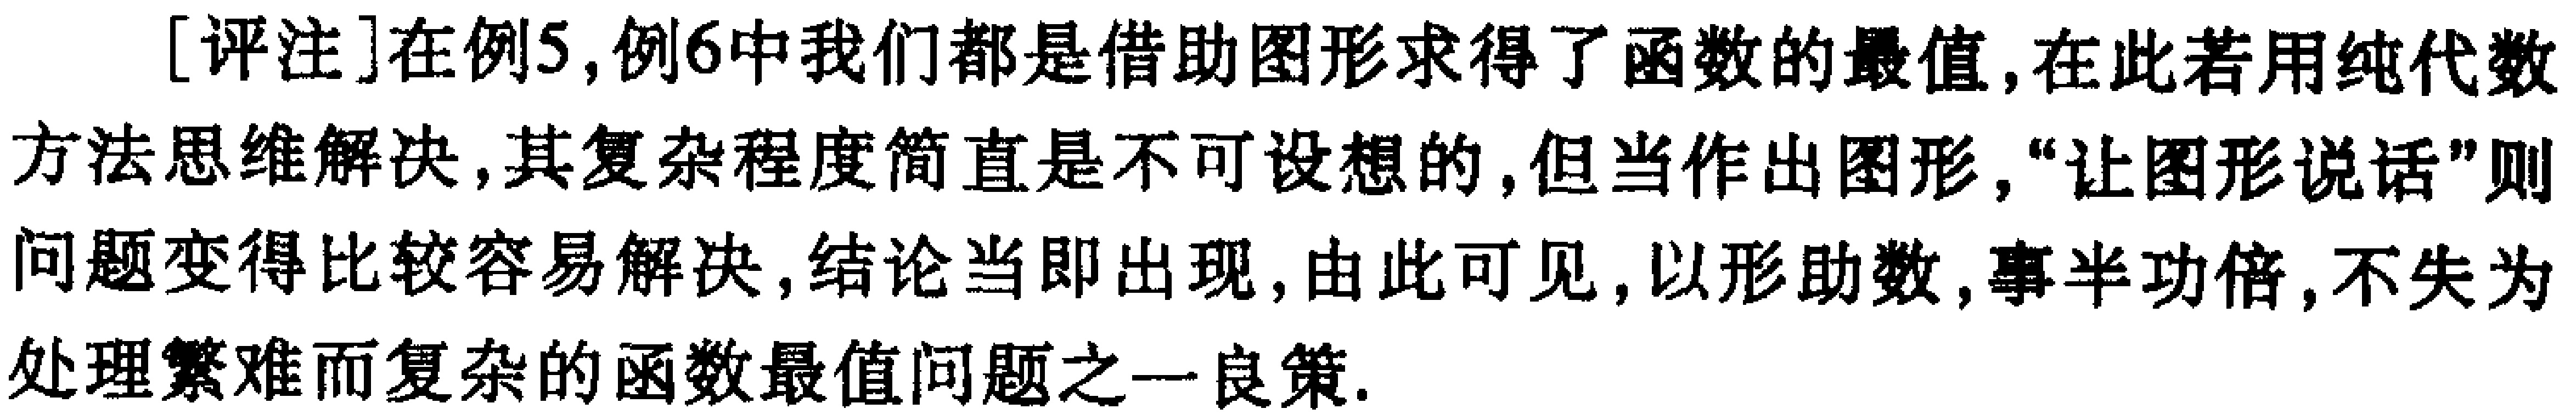
[评注]在例5,例6中我们都是借助图形求得了函数的最值,在此若用纯代数方法思维解决,其复杂程度简直是不可设想的,但当作出图形,“让图形说话”则问题变得比较容易解决,结论当即出现,由此可见,以形助数,事半功倍,不失为处理繁难而复杂的函数最值问题之一良策.